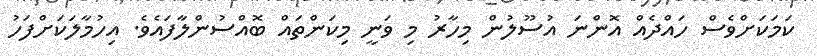
ކަމަކަށްވެސް ހައްދެއް އޮންނަ އުސޫލުން މިހާރު މި ވަނީ މިކަންތައް ބޮއްސުންލާފައެވެ. އިހުމާލަކަށްފަހު